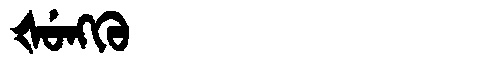
Manchu: ᡧᡠᠩᡴᡠ
Romanization: ŠUNGKU